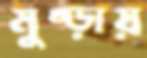
মুষ্‌ড়ায়